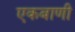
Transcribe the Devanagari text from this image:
एकबाणी